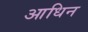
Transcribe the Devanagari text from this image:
आधिन